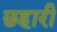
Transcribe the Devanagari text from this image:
छहारी